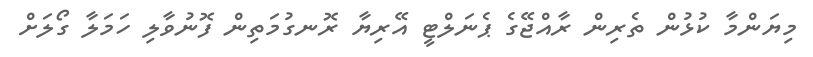
މިޔަންމާ ކުޅުން ތެރިން ރާއްޖޭގެ ޕެނަލްޓީ އޭރިޔާ ރޮނގުމަތިން ފޮނުވާލި ހަމަލާ ގޯލަށް